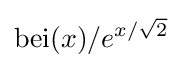
\mathrm {bei} (x)/e^{x/{\sqrt {2}}}